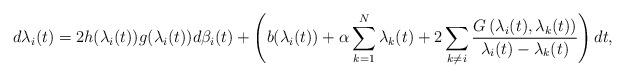
LaTeX: \begin{align*}d\lambda_i(t)=2h(\lambda_i(t))g(\lambda_i(t))d\beta_i(t)+\left(b(\lambda_i(t))+\alpha\sum_{k=1}^{N}\lambda_k(t)+2\sum_{k\ne i}^{}\frac{G\left(\lambda_i(t),\lambda_k(t)\right)}{\lambda_i(t)-\lambda_k(t)}\right)dt,\end{align*}